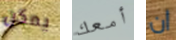
يمكن أمعك ان